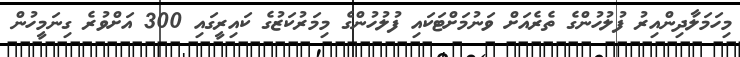
މިހަމަލާދިންއިރު ފުލުހުންގެ ތެރެއަށް ވަނުމަށްޓަކައި ފުލުހުންގެ މިމަރުކަޒުގެ ކައިރީގައި 300 އަށްވުރެ ގިނަމީހުން